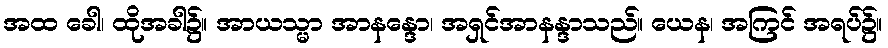
အထ ခေါ၊ ထိုအခါ၌။ အာယသ္မာ အာနန္ဒော၊ အရှင်အာနန္ဒာသည်။ ယေန၊ အကြင် အရပ်၌။